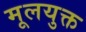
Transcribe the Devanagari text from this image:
मूलयुक्त